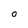
Character: O